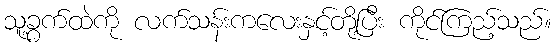
သူ့ခွက်ထဲကို လက်သန်းကလေးနှင့်တို့ပြီး ကိုင်ကြည့်သည်။